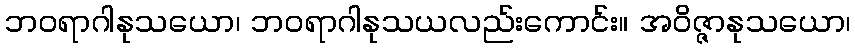
ဘဝရာဂါနုသယော၊ ဘဝရာဂါနုသယလည်းကောင်း။ အဝိဇ္ဇာနုသယော၊